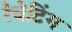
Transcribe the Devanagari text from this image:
रैचेटिंग